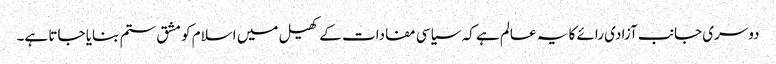
دوسری جانب آزادی رائے کا یہ عالم ہے کہ سیاسی مفادات کے کھیل میں اسلام کو مشق ستم بنایا جاتا ہے۔